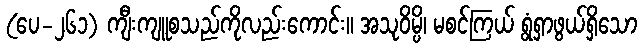
(ပေ-၂၆၁) ကျီးကျူစသည်ကိုလည်းကောင်း။ အသုဝိမ္ပိ၊ မစင်ကြယ် ရွံရှာဖွယ်ရှိသော